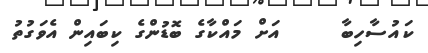
ކައުސާހިބާ     އަށް މައްކާގެ ބޮޑުންގެ ކިބައިން އެވަގުތު